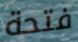
فتحة